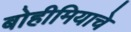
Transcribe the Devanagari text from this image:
बोहीमियाचे